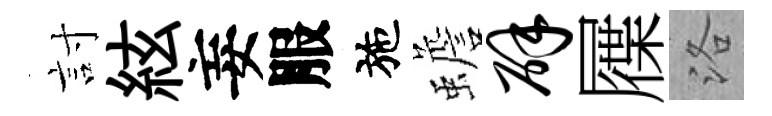
討絃妄服施蟾辟屧洛